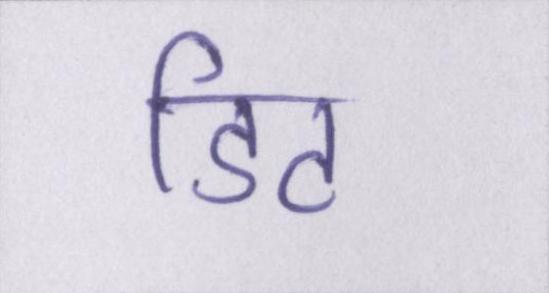
डिट